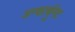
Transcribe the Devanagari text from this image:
अन्फार्चुनेट